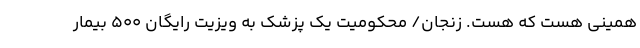
همینی هست که هست. زنجان/ محکومیت یک پزشک به ویزیت رایگان ۵۰۰ بیمار